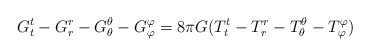
\begin{align*}G_{t}^{t}-G_{r}^{r}-G_{\theta}^{\theta}-G_{\varphi}^{\varphi}=8\pi G (T_{t}^{t}-T_{r}^{r}-T_{\theta}^{\theta}-T_{\varphi}^{\varphi})\end{align*}